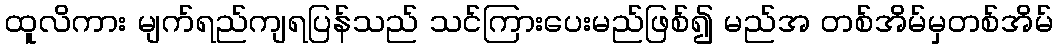
ထူလိကား မျက်ရည်ကျရပြန်သည် သင်ကြားပေးမည်ဖြစ်၍ မည်အ တစ်အိမ်မှတစ်အိမ်